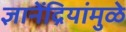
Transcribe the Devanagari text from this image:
ज्ञानेंद्रियांमुळे